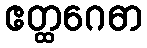
ဧတ္ထဂေဓာ